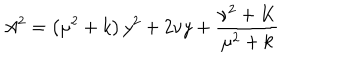
A ^ { 2 } = \left( \mu ^ { 2 } + k \right) y ^ { 2 } + 2 \nu y + \frac { \nu ^ { 2 } + K } { \mu ^ { 2 } + k }